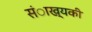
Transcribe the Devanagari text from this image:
संाख्यकी